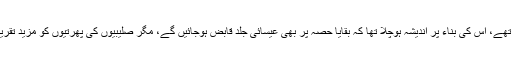
اس وقت جس طرح مسلمان بے سمت، تفرق وتشتت کا شکار اور آپس میں گتھم گتھ تھے، اس کی بناء پر اندیشہ ہوچلا تھا کہ بقایا حصہ پر بھی عیسائی جلد قابض ہوجائیں گے، مگر صلیبیوں کی پھرتیوں کو مزید تقریبا تین سو سال تک کے لیے بریک لگ گئی، جس کے ظاہری اسباب کچھ یوں تھے۔